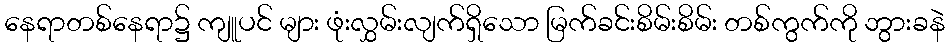
နေရာတစ်နေရာ၌ ကျူပင် များ ဖုံးလွှမ်းလျက်ရှိသော မြက်ခင်းစိမ်းစိမ်း တစ်ကွက်ကို ဘွားခနဲ